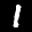
Label: 1